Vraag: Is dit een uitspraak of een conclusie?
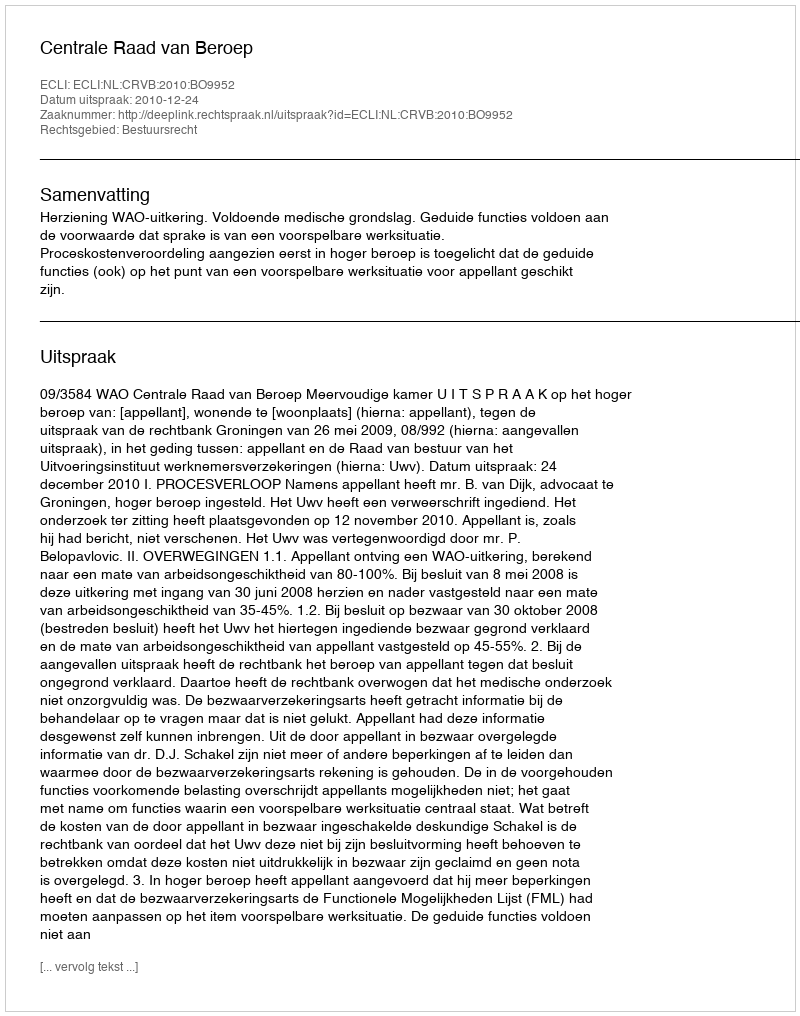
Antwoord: Uitspraak